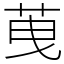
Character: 䒶